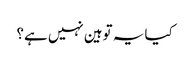
کیا یہ توہین نہیں ہے؟